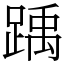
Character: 踽